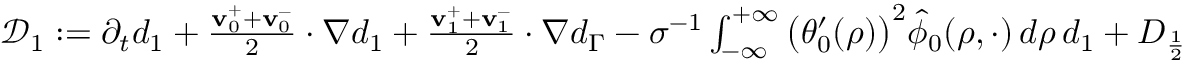
\begin{array} { r } { \mathcal { D } _ { 1 } : = \partial _ { t } d _ { 1 } + \frac { \mathbf { v } _ { 0 } ^ { + } + \mathbf { v } _ { 0 } ^ { - } } { 2 } \cdot \nabla d _ { 1 } + \frac { \mathbf { v } _ { 1 } ^ { + } + \mathbf { v } _ { 1 } ^ { - } } { 2 } \cdot \nabla d _ { \Gamma } - \sigma ^ { - 1 } \int _ { - \infty } ^ { + \infty } \big ( \theta _ { 0 } ^ { \prime } ( \rho ) \big ) ^ { 2 } \hat { \phi } _ { 0 } ( \rho , \cdot ) \, d \rho \, d _ { 1 } + D _ { \frac { 1 } { 2 } } } \end{array}